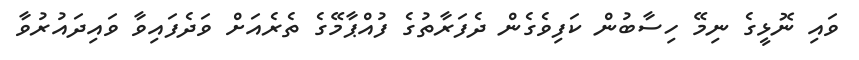
ވައި ނޮޅީގެ ނިމޭ ހިސާބުން ކަފިވެގެން ދެފަރާތުގެ ފުއްޕާމޭގެ ތެރެއަށް ވަދެފައިވާ ވައިދައުރުވާ